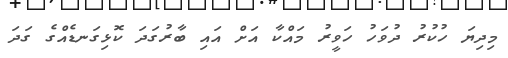
މިދިޔަ ހުކުރު ދުވަހު ހަވީރު މައްކާ އަށް އައި ބާރުގަދަ ކޮޅިގަނޑެއްްގެ ގަދަ